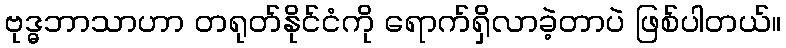
ဗုဒ္ဓဘာသာဟာ တရုတ်နိုင်ငံကို ရောက်ရှိလာခဲ့တာပဲ ဖြစ်ပါတယ်။